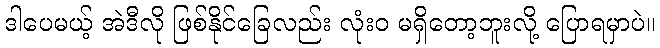
ဒါပေမယ့် အဲဒီလို ဖြစ်နိုင်ခြေလည်း လုံးဝ မရှိတော့ဘူးလို့ ပြောရမှာပဲ။